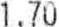
1.70